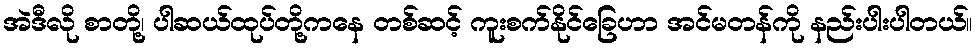
အဲဒီလို စာတို့၊ ပါဆယ်ထုပ်တို့ကနေ တစ်ဆင့် ကူးစက်နိုင်ခြေဟာ အင်မတန်ကို နည်းပါးပါတယ်။